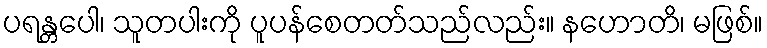
ပရန္တပေါ၊ သူတပါးကို ပူပန်စေတတ်သည်လည်း။ နဟောတိ၊ မဖြစ်။